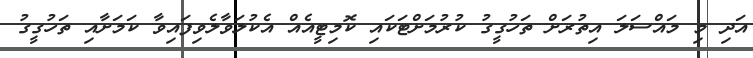
އަދި މި މައްސަލަ އިތުރަށް ތަހުގީގު ކުރުމަށްޓަކައި ކޮމިޓީއެއް އެކުލަވާލެވިފައިވާ ކަމަށާއި ތަހުގީގު